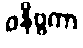
ဝနိဗ္ဗကာ